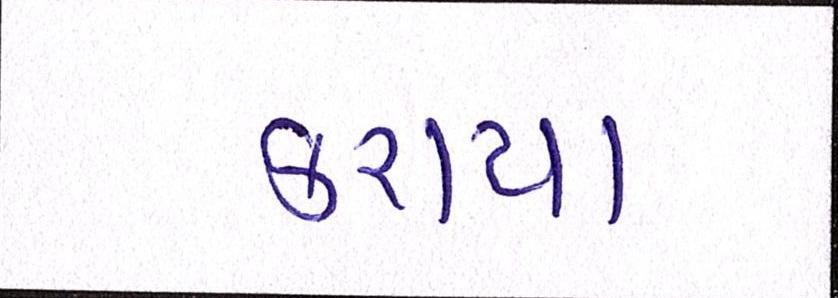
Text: કરાયા